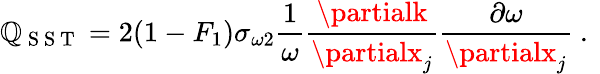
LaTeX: \mathbb{Q}_{\mathrm{{~S~S~T~}}}=2(1-F_{1})\sigma_{\omega2}\frac{{1}}{{\omega}}\frac{{\partialk}}{{\partialx_{j}}}\frac{{\partial\omega}}{{\partialx_{j}}}\mathrm{{~.~}}